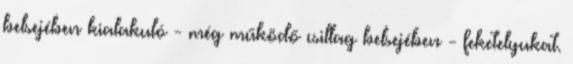
belsejében kialakuló - még működő csillag belsejében - feketelyukat.